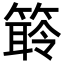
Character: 䉁